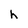
Character: h